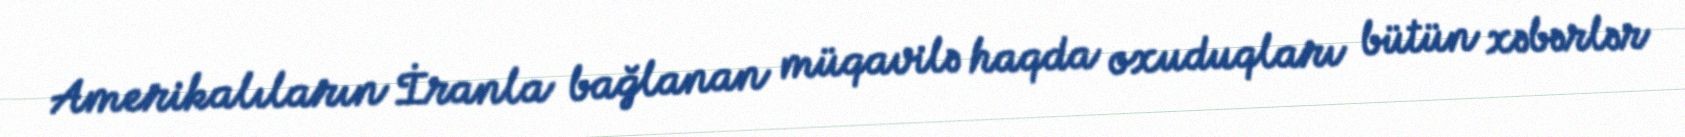
Amerikalıların İranla bağlanan müqavilə haqda oxuduqları bütün xəbərlər